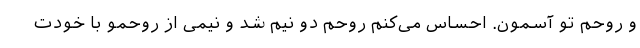
و روحم تو آسمون. احساس می‌کنم روحم دو نیم شد و نیمی از روحمو با خودت